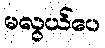
မလွယ်ပေ